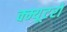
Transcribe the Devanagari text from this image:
क्म्यूटरों